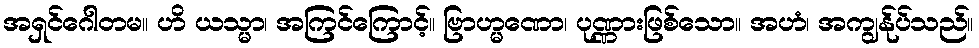
အရှင်ဂေါတမ။ ဟိ ယသ္မာ၊ အကြင်ကြောင့်။ ဗြာဟ္မဏော၊ ပုဏ္ဏားဖြစ်သော။ အဟံ၊ အကျွန်ုပ်သည်။